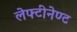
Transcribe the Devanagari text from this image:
लेफ्टीनेण्ट